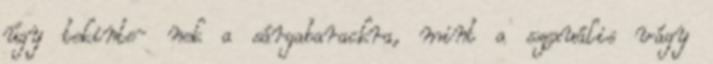
úgy tekinte- nek a sárgabarackra, mint a szexuális vágy